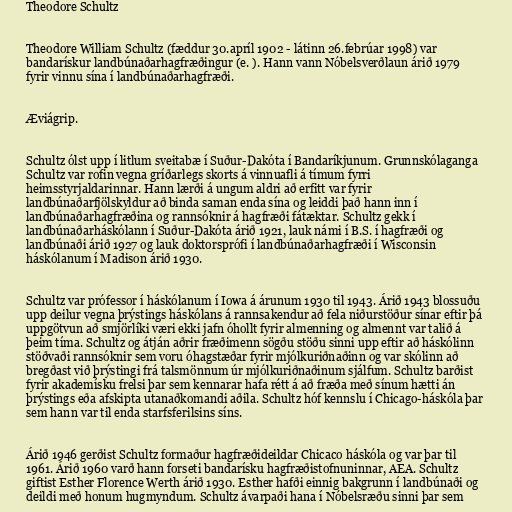
Theodore Schultz

Theodore William Schultz (fæddur 30.apríl 1902 - látinn 26.febrúar 1998) var
bandarískur landbúnaðarhagfræðingur (e. ). Hann vann Nóbelsverðlaun árið 1979
fyrir vinnu sína í landbúnaðarhagfræði.

Æviágrip.

Schultz ólst upp í litlum sveitabæ í Suður-Dakóta í Bandaríkjunum. Grunnskólaganga
Schultz var rofin vegna gríðarlegs skorts á vinnuafli á tímum fyrri
heimsstyrjaldarinnar. Hann lærði á ungum aldri að erfitt var fyrir
landbúnaðarfjölskyldur að binda saman enda sína og leiddi það hann inn í
landbúnaðarhagfræðina og rannsóknir á hagfræði fátæktar. Schultz gekk í
landbúnaðarháskólann í Suður-Dakóta árið 1921, lauk námi í B.S. í hagfræði og
landbúnaði árið 1927 og lauk doktorsprófi í landbúnaðarhagfræði í Wisconsin
háskólanum í Madison árið 1930.

Schultz var prófessor í háskólanum í Iowa á árunum 1930 til 1943. Árið 1943 blossuðu
upp deilur vegna þrýstings háskólans á rannsakendur að fela niðurstöður sínar eftir þá
uppgötvun að smjörlíki væri ekki jafn óhollt fyrir almenning og almennt var talið á
þeim tíma. Schultz og átján aðrir fræðimenn sögðu stöðu sinni upp eftir að háskólinn
stöðvaði rannsóknir sem voru óhagstæðar fyrir mjólkuriðnaðinn og var skólinn að
bregðast við þrýstingi frá talsmönnum úr mjólkuriðnaðinum sjálfum. Schultz barðist
fyrir akademísku frelsi þar sem kennarar hafa rétt á að fræða með sínum hætti án
þrýstings eða afskipta utanaðkomandi aðila. Schultz hóf kennslu í Chicago-háskóla þar
sem hann var til enda starfsferilsins síns.

Árið 1946 gerðist Schultz formaður hagfræðideildar Chicaco háskóla og var þar til
1961. Árið 1960 varð hann forseti bandarísku hagfræðistofnuninnar, AEA. Schultz
giftist Esther Florence Werth árið 1930. Esther hafði einnig bakgrunn í landbúnaði og
deildi með honum hugmyndum. Schultz ávarpaði hana í Nóbelsræðu sinni þar sem